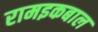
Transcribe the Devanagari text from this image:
रामइकबाल